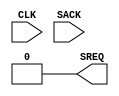
///////////////////////////////////////////////////////
//  Copyright (c) 1995/2006 Xilinx Inc.
//  All Right Reserved.
///////////////////////////////////////////////////////
//
//   ____   ___
//  /   /\/   / 
// /___/  \  /     Vendor      : Xilinx 
// \  \    \/      Version : 10.1
//  \  \           Description : 
//  /  /                      
// /__/   /\       Filename    : SUSPEND_SYNC.v
// \  \  /  \ 
//  \__\/\__ \                    
//                                 
///////////////////////////////////////////////////////
// Revision
// 08/27/10 - Initial output (CR573666)
// End Revison
//////////////////////////////////////////////////////


`timescale 1 ps / 1 ps 

module SUSPEND_SYNC (
  SREQ,
  CLK,
  SACK
);

  output SREQ;

  input CLK;
  input SACK;
 
  reg sreq_o = 0;

  assign SREQ = sreq_o;

endmodule